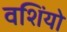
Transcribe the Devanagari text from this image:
वशिंयो